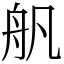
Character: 舤